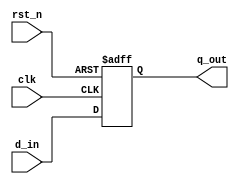
module synchronous_register (
    input wire clk,           // Clock input
    input wire rst_n,        // Active-low reset
    input wire [7:0] d_in,   // 8-bit data input
    output reg [7:0] q_out    // 8-bit data output
);

// Always block triggered on the rising edge of the clock or active low reset
always @(posedge clk or negedge rst_n) begin
    if (!rst_n) begin
        // Asynchronous reset
        q_out <= 8'b0; // Reset output to 0
    end else begin
        // Update output with input data on clock edge
        q_out <= d_in; // Non-blocking assignment
    end
end

endmodule